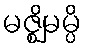
မဇ္ဈိမမ္ပိ